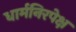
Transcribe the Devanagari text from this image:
धार्मनिरपेक्ष